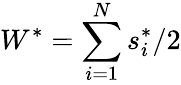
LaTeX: W^{*}=\sum_{i=1}^{N}s_{i}^{*}/2